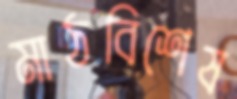
মাঠবিশেষ